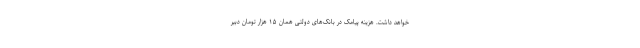
خواهد داشت. هزینه پیامک در بانک‌های دولتی همان ۱۵ هزار تومان دبیر